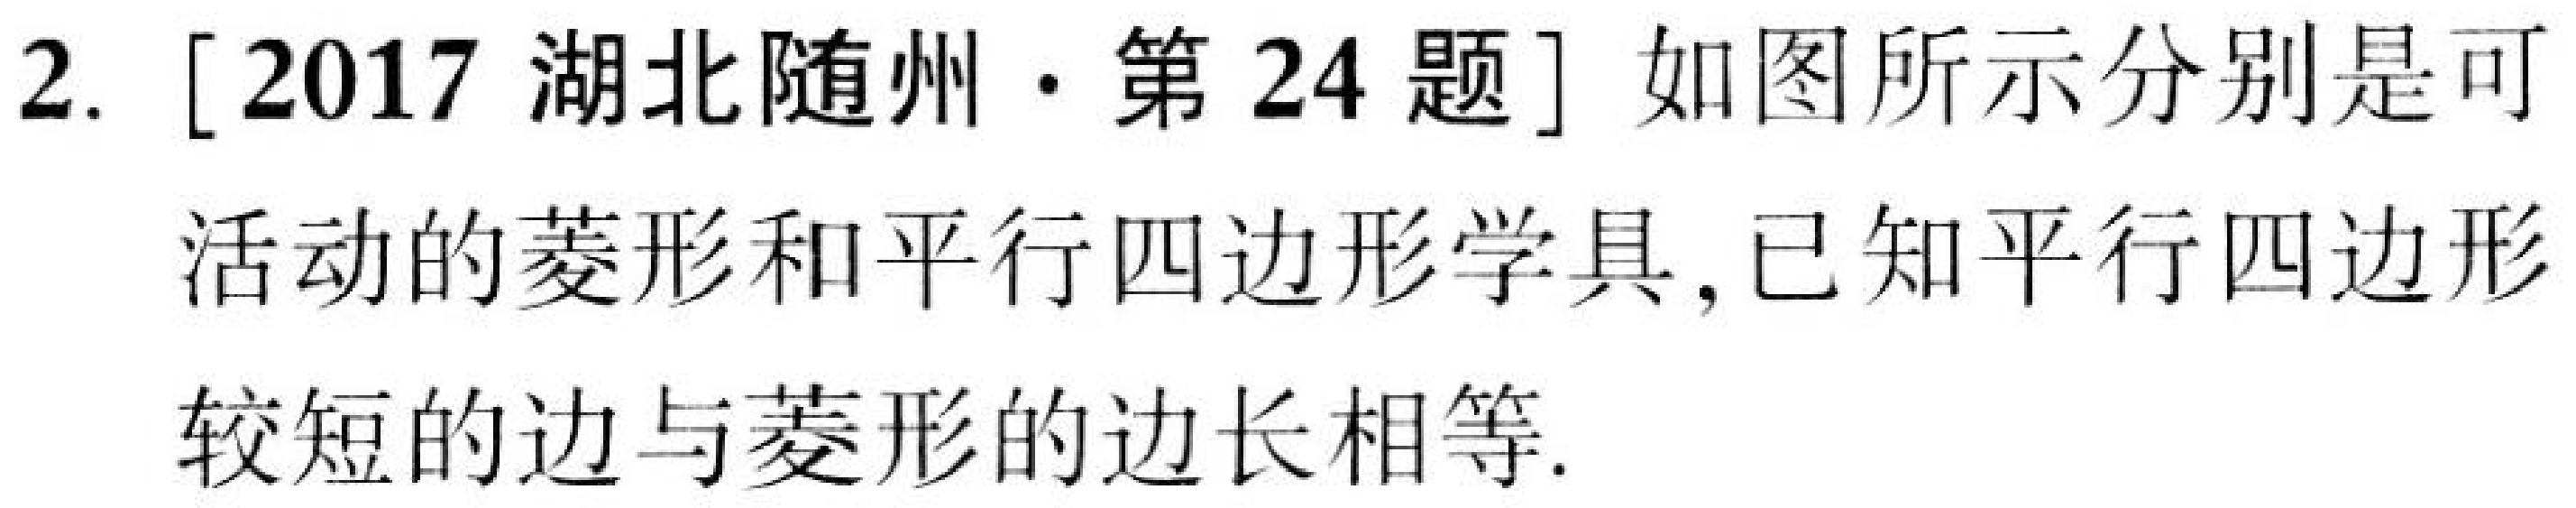
2. [2017 湖北随州·第 24 题] 如图所示分别是可活动的菱形和平行四边形学具,已知平行四边形较短的边与菱形的边长相等.